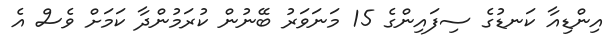
އިންޑިއާ ކަނޑުގެ ސިފައިންގެ 15 މަނަވަރު ބޭނުން ކުރަމުންދާ ކަމަށް ވެސް އެ